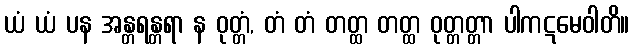
ယံ ယံ ပန အန္တရန္တရာ န ဝုတ္တံ, တံ တံ တတ္ထ တတ္ထ ဝုတ္တတ္တာ ပါကဋမေဝါတိ။